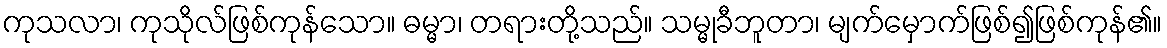
ကုသလာ၊ ကုသိုလ်ဖြစ်ကုန်သော။ ဓမ္မာ၊ တရားတို့သည်။ သမ္မုခီဘူတာ၊ မျက်မှောက်ဖြစ်၍ဖြစ်ကုန်၏။